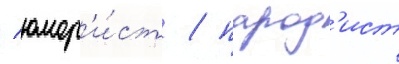
/ юмор'и́ст / парод'ист